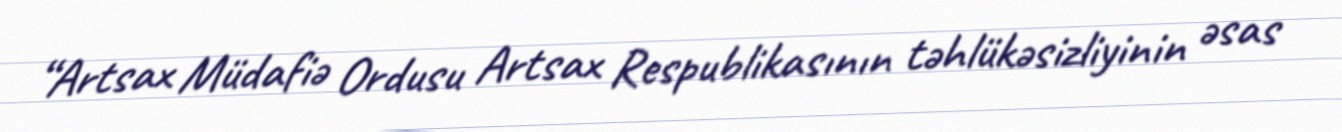
“Artsax Müdafiə Ordusu Artsax Respublikasının təhlükəsizliyinin əsas